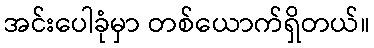
အင်းပေါခုံမှာ တစ်ယောက်ရှိတယ်။